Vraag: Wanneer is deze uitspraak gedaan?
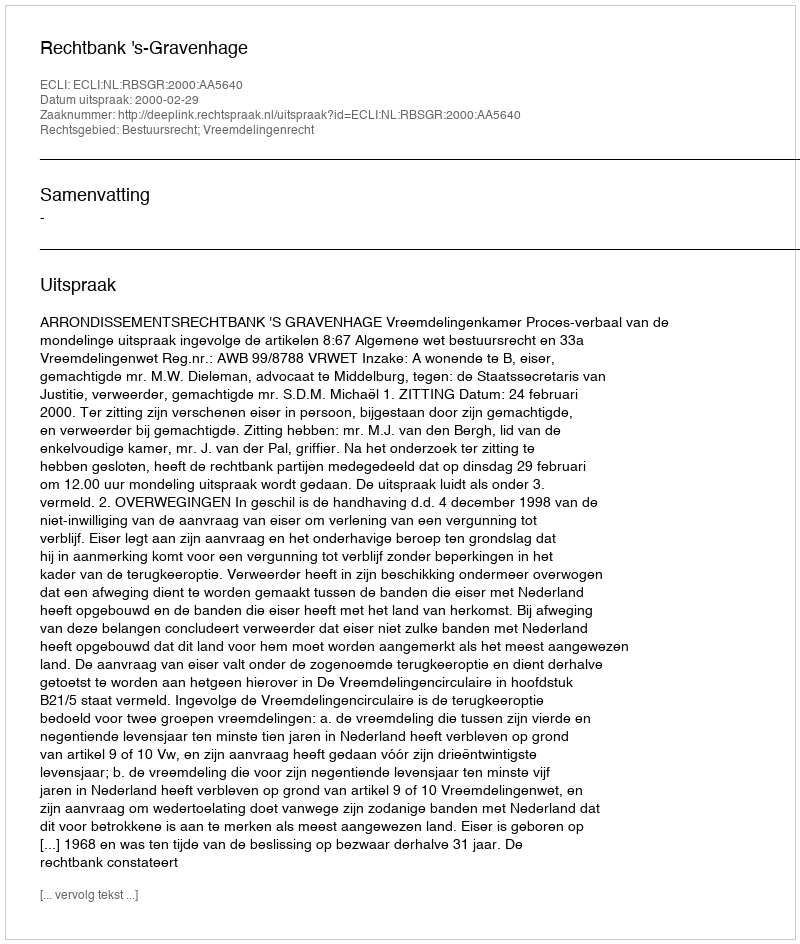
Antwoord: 2000-02-29